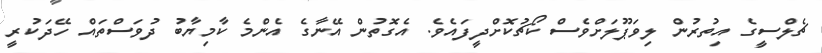
ޗެލްސީގެ އިތުރުން ލިވަޕޫލަށްވެސް ކޯޗުކޮށްދީފައެވެ. އެގޮތުން އޭނާގެ އެންމެ ކާމިޔާބު ދުވަސްތައް ހޭދަކުރީ